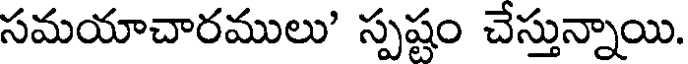
సమయాచారములు' స్పష్టం చేస్తున్నాయి.